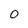
Character: 0